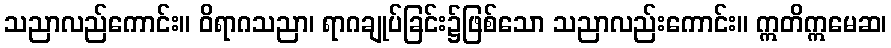
သညာလည်ကောင်း။ ဝိရာဂသညာ၊ ရာဂချုပ်ခြင်း၌ဖြစ်သော သညာလည်းကောင်း။ ဣတိဣမေဆ၊